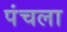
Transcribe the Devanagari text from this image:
पंचला